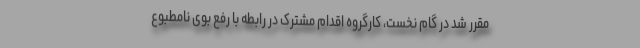
مقرر شد در گام نخست، کارگروه اقدام مشترک در رابطه با رفع بوی نامطبوع